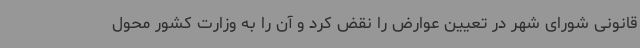
قانونی شورای شهر در تعیین عوارض را نقض کرد و آن را به وزارت کشور محول